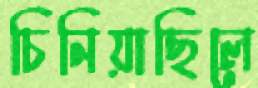
চিনিয়াছিলে